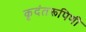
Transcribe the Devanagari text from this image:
कृदंतरूपिणी